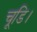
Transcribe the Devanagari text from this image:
चूडि।